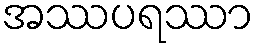
အဿပရဿာ